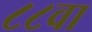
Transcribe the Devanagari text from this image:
८८वा